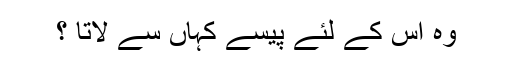
وہ اس کے لئے پیسے کہاں سے لاتا ؟